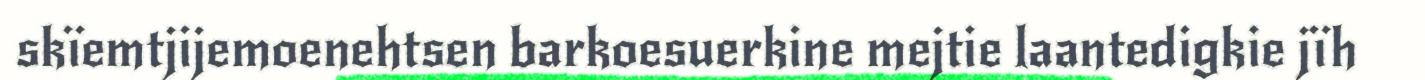
skïemtjijemoenehtsen barkoesuerkine mejtie laantedigkie jïh